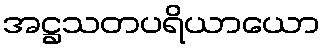
အဋ္ဌသတပရိယာယော